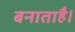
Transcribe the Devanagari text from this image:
बनाताहै।